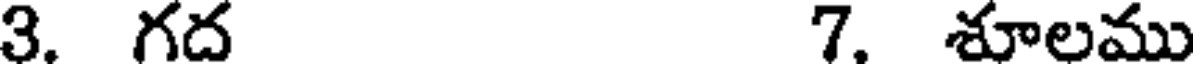
3. గద 7. శూలము